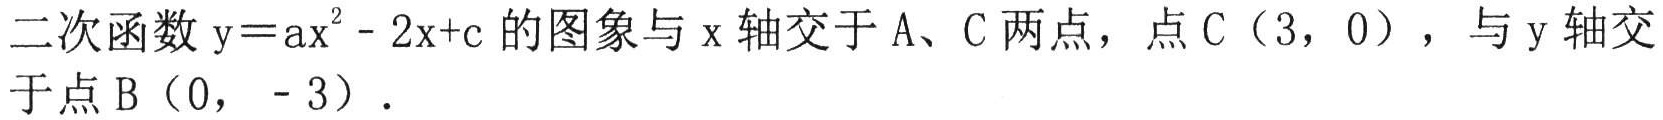
二次函数\(y = ax^{2}-2x + c\)的图象与\(x\)轴交于\(A、C\)两点，点\(C(3,0)\)，与\(y\)轴交于点\(B(0,-3)\).